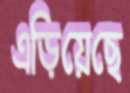
এড়িয়েছে